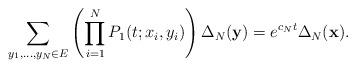
LaTeX: \begin{align*}\sum_{y_1, \ldots, y_N\in E}{\left( \prod_{i=1}^N{P_1(t; x_i, y_i)} \right) \Delta_N(\mathbf{y})} = e^{c_Nt}\Delta_N(\mathbf{x}).\end{align*}